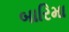
બારિમા